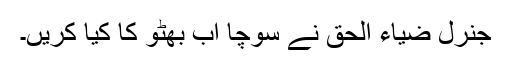
جنرل ضیاء الحق نے سوچا اب بھٹو کا کیا کریں۔